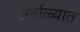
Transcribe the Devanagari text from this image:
अर्नाळ्यात